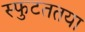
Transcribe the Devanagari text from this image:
स्फुटततया